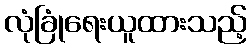
လုံခြုံရေးယူထားသည့်